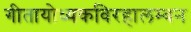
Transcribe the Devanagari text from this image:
गीतायोध्यकविरहालम्बन